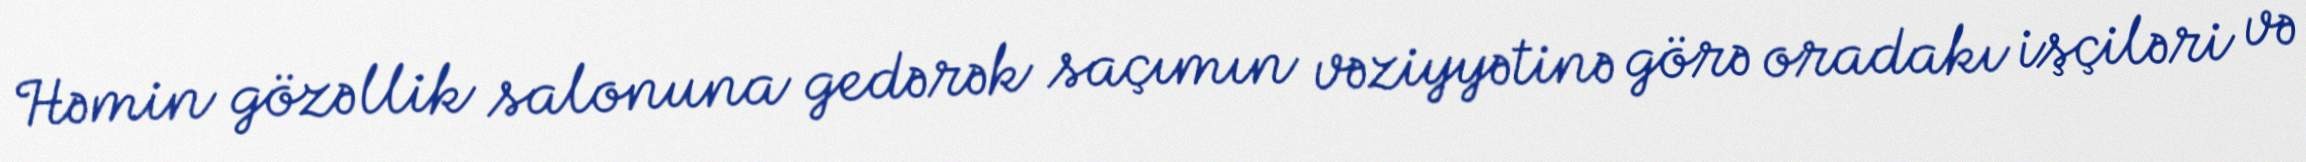
Həmin gözəllik salonuna gedərək saçımın vəziyyətinə görə oradakı işçiləri və